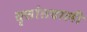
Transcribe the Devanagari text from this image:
वृत्तांतवाली